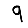
Digit: 9